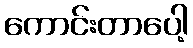
ကောင်းတာပေါ့